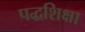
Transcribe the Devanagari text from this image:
पद्धशिक्षा